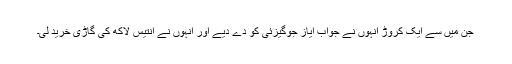
جن میں سے ایک کروڑ انہوں نے جواب ایاز جوگیزئی کو دے دیے اور انہوں نے انتیس لاکھ کی گاڑی خرید لی۔